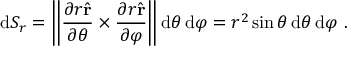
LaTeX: \mathrm { d } S _ { r } = \left\| { \frac { \partial r { \hat { \mathbf { r } } } } { \partial \theta } } \times { \frac { \partial r { \hat { \mathbf { r } } } } { \partial \varphi } } \right\| \mathrm { d } \theta \, \mathrm { d } \varphi = r ^ { 2 } \sin \theta \, \mathrm { d } \theta \, \mathrm { d } \varphi ~ .